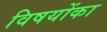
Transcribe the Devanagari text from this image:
विषयोंका